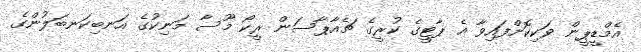
އެމްޑީޕީން ވަކިކޮށްފައިވާ އެ ޕާޓީގެ ކުރީގެ ޗެއާޕާސަން ރީކޯ މޫސާ މަނިކުގެ އަނބިކަނބަލުންގެ